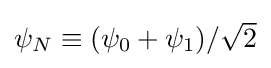
{\textstyle \psi _{N}\equiv (\psi _{0}+\psi _{1})/{\sqrt {2}}}